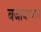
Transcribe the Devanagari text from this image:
बजावण्यास